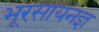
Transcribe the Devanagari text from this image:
भूरसायनज्ञ